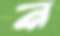
ন